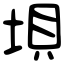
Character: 垻